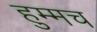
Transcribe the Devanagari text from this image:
हुम्मच